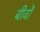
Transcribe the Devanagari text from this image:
बीवों